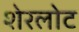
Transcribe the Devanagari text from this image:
शेरलोट